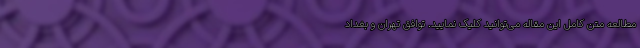
مطالعه متن کامل این مقاله می‌توانید کلیک نمایید. توافق تهران و بغداد